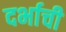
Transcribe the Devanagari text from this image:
दर्भाची